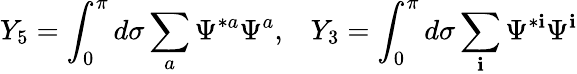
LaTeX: Y_{5}=\int_{0}^{\pi}d\sigma\sum_{a}\Psi^{*a}\Psi^{a},\, \, \, \, \, Y_{3}=\int_{0}^{\pi}d\sigma\sum_{\mathbf{i}}\Psi^{*\mathbf{i}}\Psi^{\mathbf{i}}